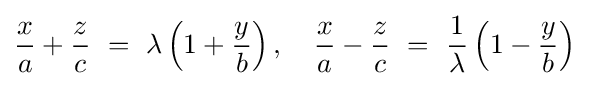
{\frac {x}{a}}+{\frac {z}{c}}\ =\ \lambda \left(1+{\frac {y}{b}}\right),\quad {\frac {x}{a}}-{\frac {z}{c}}\ =\ {\frac {1}{\lambda }}\left(1-{\frac {y}{b}}\right)